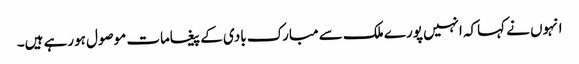
انہوں نے کہاکہ انہیں پورے ملک سے مبارک بادی کے پیغامات موصول ہورہے ہیں۔